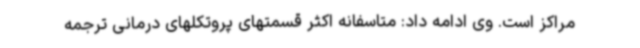
مراکز است. وی ادامه داد: متاسفانه اکثر قسمتهای پروتکلهای درمانی ترجمه